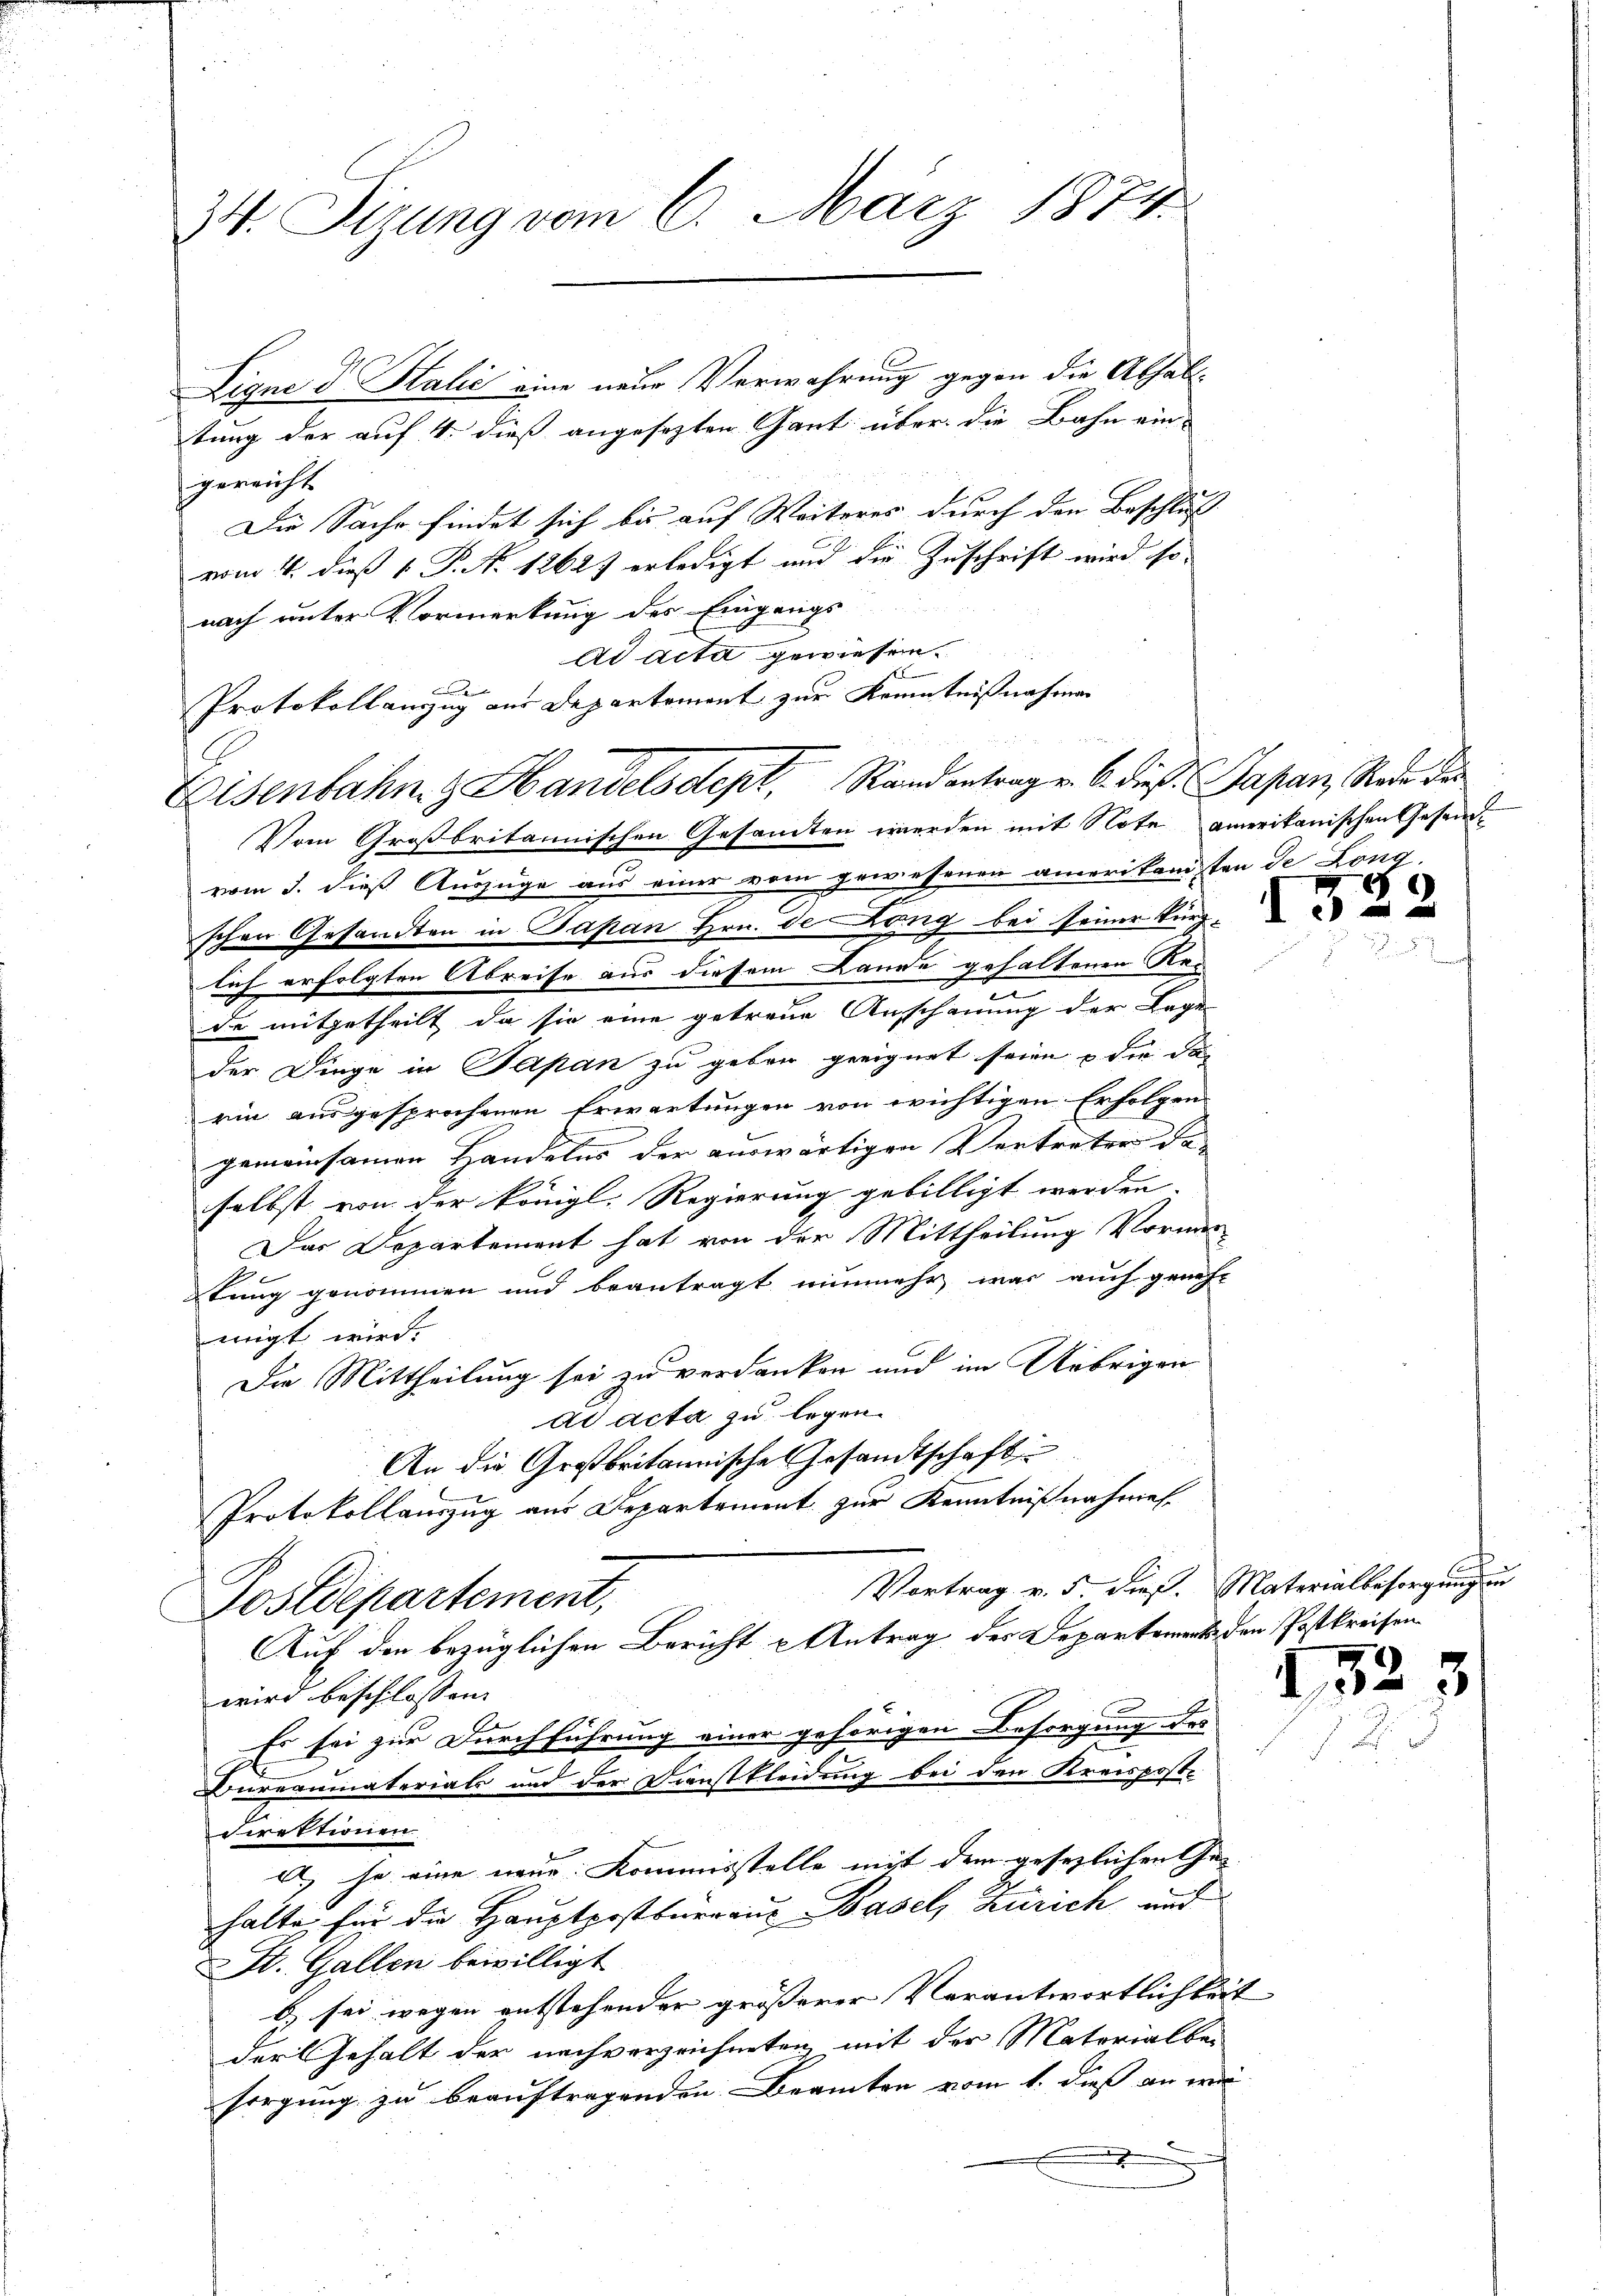
34. Sizung vom 6. März 1874.

Ligne d. Halić eine neue Verwahrung gegen die Abhalt-
tung der auf 4. dieß angesezten Gant über die Bahn ein-
gereicht
Die Sache findet sich bis auf Weiteres durch den Beschluß
vom 4. dieß 1 P. No 1262) erledigt und die Zuschrift wird so
nach unter Vormerkung des Eingangs
Ad acta gewiesen.
E
i
Protokollanzug aus Departement zur Kenntnißnahmen
Vom Großbritannischen Gesandten werden mit Note amerikanischen Gesandvom 3. dieß Auszüge aus einer vom gewesenen amerikanisten de Lonz
schen Gesandten in Japan Hrn. de Long bei seiner kürzlich erfolgten Abreise aus diesem Lande gehaltenen Red
de mitgetheilt, da sie eine getreue Anschauung der Lage
der Finge in Japan zu geben geeignet seien & die das
rin ausgesprochenen Erwartungen von wichtigen Erfolgen
gemeinsamen Handelns der auswärtigen Vertreter daselbst von der königl. Regierung gebilligt werden.
Das Departement hat von der Mittheilung Vormer
lung genommen und beantragt nunmehr was auch genehmigt wird.
Die Mittheilung sei zu verdanken und im Uebrigen
ad acta zu legen.
An die Großbritannische Gesandtschaft
Protokollauszug aus Departement zur Kenntnißnahmes.
Vortrag v. 5. dies. Materialbesorgung un
Postdepartement,
Auf den bezüglichen Bericht u Antrag der Departements den Postkreisen
wird beschlossen:
Es sei zur Durchführung einer gehörigen Besorgung des
Bureaumaterials und der Dienstkleidung bei den Kreispost-
Direktionen
d. je eine neue Kommisstelle mit dem gesezlichen Ge-
halte, für die Hauptpostbureaus Basel, Zürich aus
St. Gallen bewilligt
b) sei wegen entstehender grösserer Verantwortlichkeit |
der Gehalt der nachverzeichneten mit der Materialbei
sorgung zu beauftragenden Beamten vom 1. dieß an wer
e

Eisenbahn & Handelsdept, Randantrag v. 6. dieß Japan, Rede der

E

1

1

523